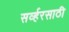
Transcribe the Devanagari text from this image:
सर्व्हरसाठी